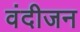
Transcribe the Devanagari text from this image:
वंदीजन